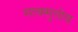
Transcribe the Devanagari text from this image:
माक्सुतोव